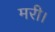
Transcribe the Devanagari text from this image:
मरी।